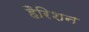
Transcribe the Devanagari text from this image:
हैरिशन